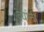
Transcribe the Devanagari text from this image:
त्यांनी